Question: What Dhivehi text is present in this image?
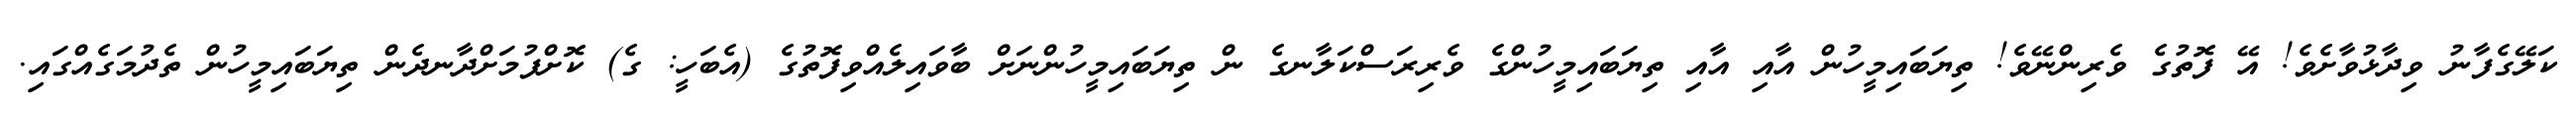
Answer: ކަލޭގެފާނު ވިދާޅުވާށެވެ! އޭ ފޮތުގެ ވެރިންނޭވެ! ތިޔަބައިމީހުން އާއި އާއި ތިޔަބައިމީހުންގެ ވެރިރަސްކަލާނގެ ން ތިޔަބައިމީހުންނަށް ބާވައިލެއްވިފޮތުގެ (އެބަހީ: ގެ) ކޮށްފުމަށްދާނދެން ތިޔަބައިމީހުން ތެދުމަގެއްގައި.